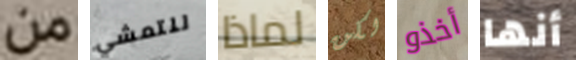
من للتمشي لماذا لكن أخذو أنها